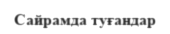
Сайрамда туғандар